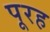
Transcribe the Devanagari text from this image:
पूरह